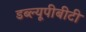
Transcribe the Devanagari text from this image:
डब्ल्यूपीबीटी